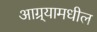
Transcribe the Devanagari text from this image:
आग्र्यामधील